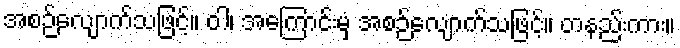
အစဉ်လျောက်သဖြင့်။ ဝါ၊ အကြောင်းမှ အစဉ်လျောက်သဖြင့်။ တနည်းကား။